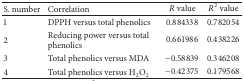
| S. number | Correlation | R value | R2 value |
 | --- | --- | --- | --- |
 | 1 | DPPH versus total phenolics | 0.884338 | 0.782054 |
 | 2 | Reducing power versus total phenolics | 0.661986 | 0.438226 |
 | 3 | Total phenolics versus MDA | −0.58839 | 0.346208 |
 | 4 | Total phenolics versus H2O2 | −0.42375 | 0.179568 |